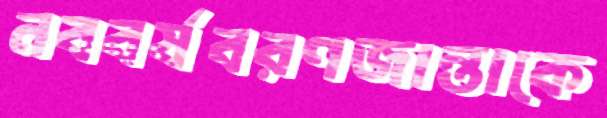
নববর্ষবরণজান্তাকে